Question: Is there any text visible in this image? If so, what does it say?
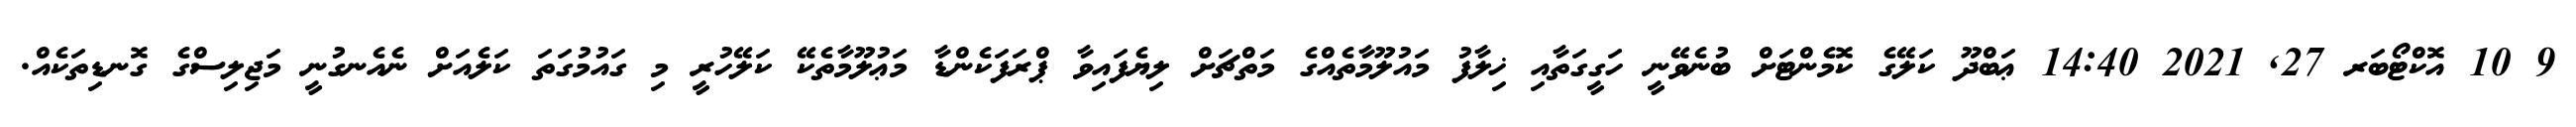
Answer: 9 10 އޮކްޓޯބަރ 27, 2021 14:40 ޢަބްދޫ ކަލޭގެ ކޮމެންޓަށް ބުނެވޭނީ ހަގީގަތާއި ޚިލާފު މައުލޫމާތެއްގެ މަތްޗަށް ލިޔެފައިވާ ޕްރަފަކެންޑާ މަޢުލޫމާތެކޭ ކަލޭހުރީ މި ގައުމުގަތަ ކަލެއަށް ނެއެނގުނީ މަޖިލިސްގެ ގޮނޑިތަކެއް.